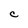
Character: C